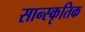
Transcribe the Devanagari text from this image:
सान्स्कृतिक